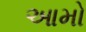
આમો